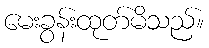
မေးခွန်းထုတ်မိသည်။